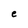
Character: e